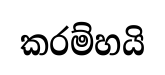
කරම්හයි